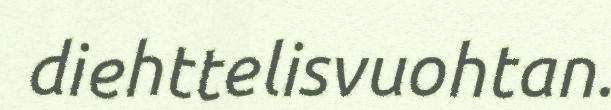
diehttelisvuohtan.